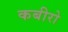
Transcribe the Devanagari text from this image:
कबीरो